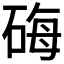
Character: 𬒐